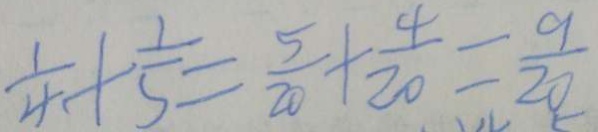
\frac { 1 } { 4 } + \frac { 1 } { 5 } = \frac { 5 } { 2 0 } + \frac { 4 } { 2 0 } = \frac { 9 } { 2 0 }